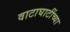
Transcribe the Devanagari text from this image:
वाटाघाटींच्या